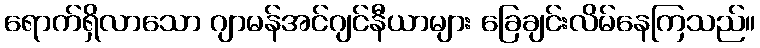
ရောက်ရှိလာသော ဂျာမန်အင်ဂျင်နီယာများ ခြေချင်းလိမ်နေကြသည်။